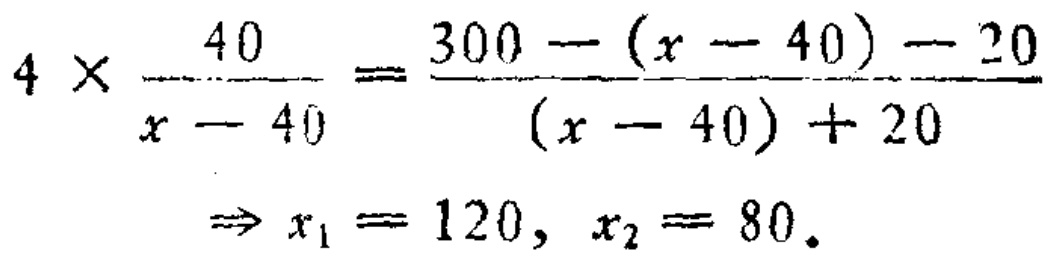
\(4\times\frac{40}{x - 40}=\frac{300 - (x - 40) - 20}{(x - 40) + 20}\Rightarrow x_{1}=120, x_{2}=80.\)